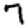
Digit: 7